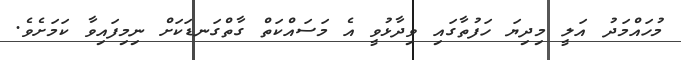
މުހައްމަދު އަލީ މިދިޔަ ހަފުތާގައި ވިދާޅުވީ އެ މަސައްކަތް ގާތްގަނޑަކަށް ނިމިފައިވާ ކަމަށެވެ.